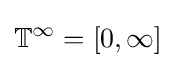
\mathbb {T} ^{\infty }=[0,\infty ]